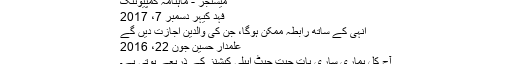
میسنجر - ماہنامہ کمپیوٹنگ
فہد کیہر دسمبر 7، 2017
انہی کے ساتھ رابطہ ممکن ہوگا، جن کی والدین اجازت دیں گے
علمدار حسین جون 22، 2016
آج کل ہماری ساری بات چیت چیٹ ایپلی کیشنز کے ذریعے ہوتی ہے۔